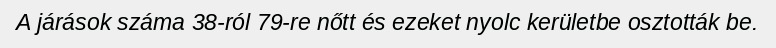
A járások száma 38-ról 79-re nőtt és ezeket nyolc kerületbe osztották be.